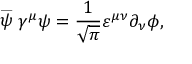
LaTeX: \stackrel { \_ } { \psi } \gamma ^ { \mu } \psi = \frac { 1 } { \sqrt { \pi } } \varepsilon ^ { \mu \nu } \partial _ { \nu } \phi ,